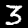
Label: 3